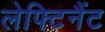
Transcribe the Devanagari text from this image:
लेफ्टिनैंट